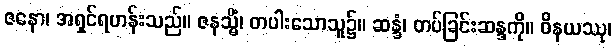
ဇနော၊ အရှင်ရဟန်းသည်။ ဇနသ္မိံ၊ တပါးသောသူ၌။ ဆန္ဒံ၊ တပ်ခြင်းဆန္ဒကို။ ဝိနယဿု၊